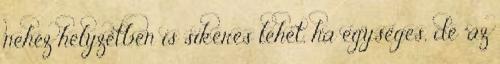
nehéz helyzetben is sikeres lehet, ha egységes, de "az